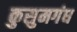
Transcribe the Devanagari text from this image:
कुसुमगंध